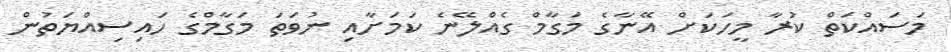
މަސައްކަތް ކުރާ މީހަކަށް އޭނާގެ މަގާމް ގެއްލޭނެ ކަަމަށާއި ނުވަތަ މަގާމްގެ ހައިސިއްޔަތުން